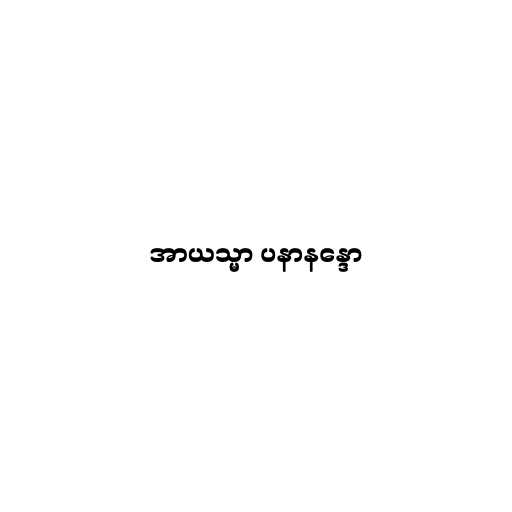
အာယသ္မာ ပနာနန္ဒော